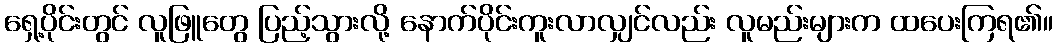
ရှေ့ပိုင်းတွင် လူဖြူတွေ ပြည့်သွားလို့ နောက်ပိုင်းကူးလာလျှင်လည်း လူမည်းများက ထပေးကြရ၏။